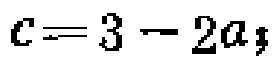
\(c = 3 - 2a;\)